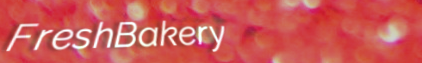
FreshBakery